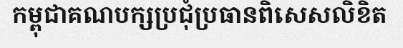
កម្ពុជាគណបក្សប្រជុំប្រធានពិសេសលិខិត